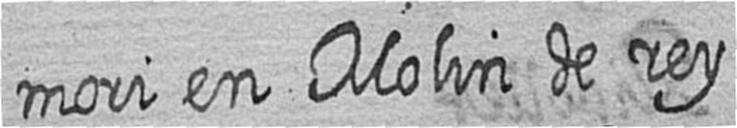
mori en Molin de rey